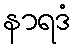
နာရဒံ